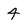
Character: 4